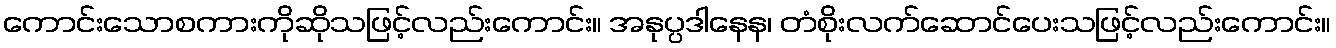
ကောင်းသောစကားကိုဆိုသဖြင့်လည်းကောင်း။ အနုပ္ပဒါနေန၊ တံစိုးလက်ဆောင်ပေးသဖြင့်လည်းကောင်း။